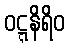
ဝဋ္ဋနိရိဝ